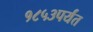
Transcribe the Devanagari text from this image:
१८५३पर्यंत